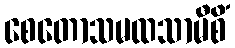
စေတောသမထသာမီစိံ